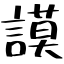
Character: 謨